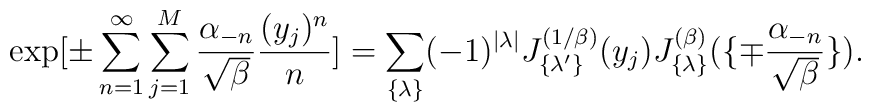
\exp [\pm   \sum_{n=1}^{\infty} \sum_{j=1}^{M} { \alpha_{-n}\over \sqrt{\beta}}  {(y_j)^n \over n}]= \sum_{\{ \lambda \} } (-1)^{|\lambda|}J_{\{ \lambda'\} }^{(1/\beta)}(y_j)J_{\{ \lambda \} }^{(\beta)}(\{ \mp {\alpha_{-n} \over \sqrt{\beta}} \} ).